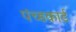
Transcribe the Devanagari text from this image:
पंच्डकार्ड